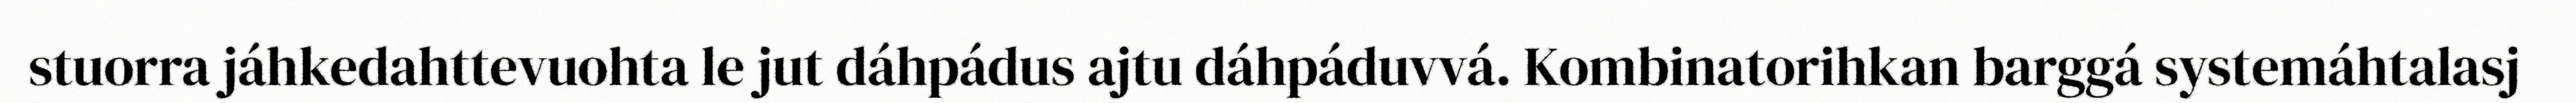
stuorra jáhkedahttevuohta le jut dáhpádus ajtu dáhpáduvvá. Kombinatorihkan barggá systemáhtalasj